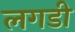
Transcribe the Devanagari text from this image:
लगडी